Scientific memoirs by medical officers of the Army of India - Part IX,
Year: 1895
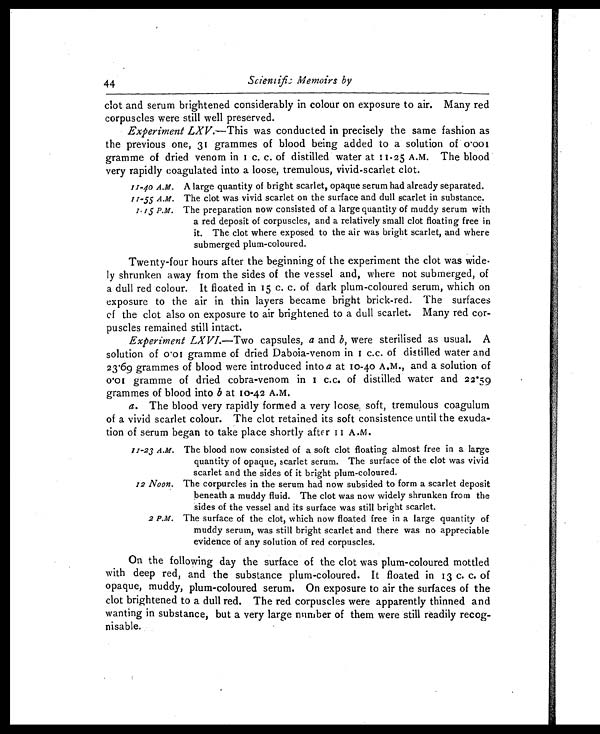
44
Scientific Memoirs by
clot and serum brightened considerably in colour on exposure to air. Many red
corpuscles were still well preserved.
Experiment LXV. —This was conducted in precisely the same fashion as
the previous one, 31 grammes of blood being added to a solution of 0.001
gramme of dried venom in 1 c. c. of distilled water at 11.25 A.M. The blood
very rapidly coagulated into a loose, tremulous, vivid-scarlet clot.
11-40 A.M. A large quantity of bright scarlet, opaque serum had already separated.
11-55 A.M. The clot was vivid scarlet on the surface and dull scarlet in substance.
1.15 P.M. The preparation now consisted of a large quantity of muddy serum with
a red deposit of corpuscles, and a relatively small clot floating free in
it. The clot where exposed to the air was bright scarlet, and where
submerged plum-coloured.
Twenty-four hours after the beginning of the experiment the clot was wide-
ly shrunken away from the sides of the vessel and, where not submerged, of
a dull red colour. It floated in 15 c. c. of dark plum-coloured serum, which on
exposure to the air in thin layers became bright brick-red. The surfaces
of the clot also on exposure to air brightened to a dull scarlet. Many red cor-
puscles remained still intact.
Experiment LXVI.— Two capsules, a and b, were sterilised as usual. A
solution of 0.01 gramme of dried Daboia-venom in 1 c.c. of distilled water and
23.69 grammes of blood were introduced into a at 10-40 A.M., and a solution of
0.01 gramme of dried cobra-venom in 1 c.c. of distilled water and 22.59
grammes of blood into b at 10-42 A.M.
a. The blood very rapidly formed a very loose soft, tremulous coagulum
of a vivid scarlet colour. The clot retained its soft consistence until the exuda-
tion of serum began to take place shortly after 11 A.M.
11-23 A.M. The blood now consisted of a soft clot floating almost free in a large
quantity of opaque, scarlet serum. The surface of the clot was vivid
scarlet and the sides of it bright plum-coloured.
12 Noon. The corpurcles in the serum had now subsided to form a scarlet deposit
beneath a muddy fluid. The clot was now widely shrunken from the
sides of the vessel and its surface was still bright scarlet.
2 P.M. The surface of the clot, which now floated free in a large quantity of
muddy serum, was still bright scarlet and there was no appreciable
evidence of any solution of red corpuscles.
On the following day the surface of the clot was plum-coloured mottled
with deep red, and the substance plum-coloured. It floated in 13 c. c. of
opaque, muddy, plum-coloured serum. On exposure to air the surfaces of the
clot brightened to a dull red. The red corpuscles were apparently thinned and
wanting in substance, but a very large number of them were still readily recog-
nisable.